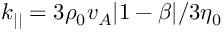
k _ { | | } = 3 \rho _ { 0 } v _ { A } | 1 - \beta | / 3 \eta _ { 0 }